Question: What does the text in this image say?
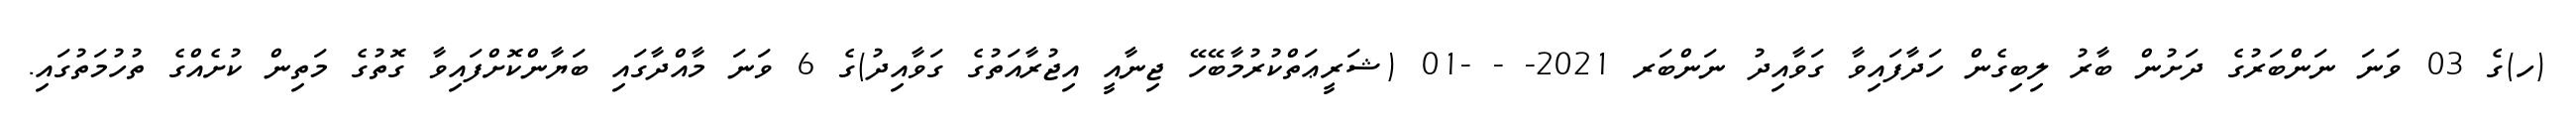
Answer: (ހ)ގެ 03 ވަނަ ނަންބަރުގެ ދަށުން ބާރު ލިބިގެން ހަދާފައިވާ ގަވާއިދު ނަންބަރ 2021- - -01 (ޝަރީޢަތްކުރުމާބޭހޭ ޖިނާއީ އިޖުރާއަތުގެ ގަވާއިދު)ގެ 6 ވަނަ މާއްދާގައި ބަޔާންކޮށްފައިވާ ގޮތުގެ މަތިން ކުށެއްގެ ތުހުމަތުގައި.